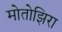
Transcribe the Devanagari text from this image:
मोतोझिरा